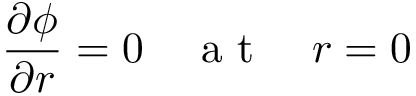
\frac { \partial \phi } { \partial r } = 0 \quad \mathrm { ~ a ~ t ~ } \quad r = 0